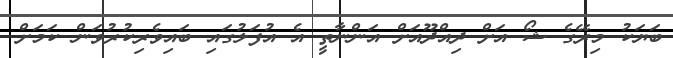
ބަޔަކު މިރޭގެ ޝޯ އަށް ދިއްދޫއަށް އަންނާތީ އެ އުފަލުގައި ބައިވެރިކުރުވަން ކަމަށް